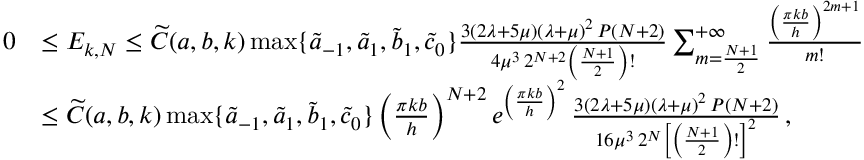
\begin{array} { r l } { 0 } & { \le E _ { k , N } \le \widetilde C ( a , b , k ) \operatorname* { m a x } \{ \widetilde a _ { - 1 } , \widetilde a _ { 1 } , \widetilde b _ { 1 } , \widetilde c _ { 0 } \} \frac { 3 ( 2 \lambda + 5 \mu ) ( \lambda + \mu ) ^ { 2 } \, P ( N + 2 ) } { 4 \mu ^ { 3 } \, 2 ^ { N + 2 } \left( \frac { N + 1 } { 2 } \right) ! } \sum _ { m = \frac { N + 1 } { 2 } } ^ { + \infty } \frac { \left( \frac { \pi k b } { h } \right) ^ { 2 m + 1 } } { m ! } } \\ & { \le \widetilde C ( a , b , k ) \operatorname* { m a x } \{ \widetilde a _ { - 1 } , \widetilde a _ { 1 } , \widetilde b _ { 1 } , \widetilde c _ { 0 } \} \left( \frac { \pi k b } { h } \right) ^ { N + 2 } e ^ { \left( \frac { \pi k b } { h } \right) ^ { 2 } } \, \frac { 3 ( 2 \lambda + 5 \mu ) ( \lambda + \mu ) ^ { 2 } \, P ( N + 2 ) } { 1 6 \mu ^ { 3 } \, 2 ^ { N } \left[ \left( \frac { N + 1 } { 2 } \right) ! \right] ^ { 2 } } \, , } \end{array}